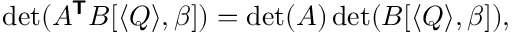
\begin{array} { r } { \operatorname* { d e t } ( A ^ { \boldsymbol { \mathsf { T } } } B [ \langle Q \rangle , \beta ] ) = \operatorname* { d e t } ( A ) \operatorname* { d e t } ( B [ \langle Q \rangle , \beta ] ) , } \end{array}